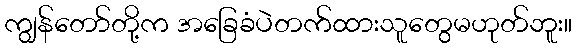
ကျွန်တော်တို့က အခြေခံပဲတက်ထားသူတွေမဟုတ်ဘူး။